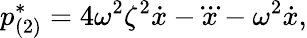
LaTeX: {p}_{(2)}^{*}=4\omega^{2}\zeta^{2}\dot{x}-\dddot{x}-\omega^{2}\dot{x},